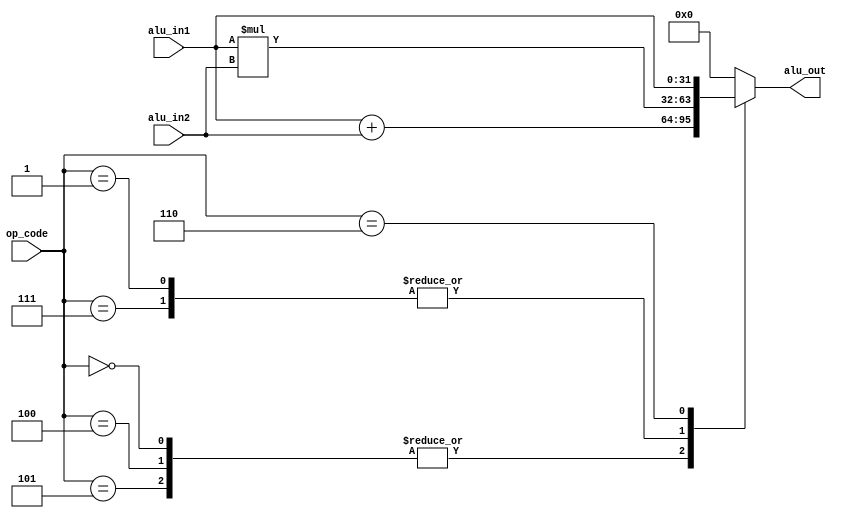
//ALU code have 2_INPUTS(32 bits) & OUTPUT(32 bits) & OP_INPUT(3 bits).
//operations signd add & signd mul & LDR & STR & MOV & DOTPRODUCT.

module alu (alu_out,op_code,alu_in1,alu_in2) ;
	parameter out_w=32,op_w=3,in_w=32,
				ADD=3'b000,MUL=3'b001,LDR=3'b100,STR=3'b101,MOV=3'b110,DPRO=3'b111 ;  //"_W" mean width 

	input         [op_w-1:0] op_code ;
	input signed  [in_w-1:0] alu_in1,alu_in2 ;
	output signed [out_w-1:0] alu_out ;
	reg signed    [2*out_w-1:0] temb ;

always@ (op_code or alu_in1 or alu_in2)
begin
  case(op_code)
			ADD,LDR,STR:	temb = alu_in1 + alu_in2 ;
			   MUL,DPRO:	temb = alu_in1 * alu_in2 ;
			        MOV:   temb = alu_in1 ;
	          default:   temb = 0 ; 
  endcase
end

assign alu_out = temb[out_w-1:0];

endmodule